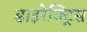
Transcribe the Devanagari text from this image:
डाइरेक्ट्रिस